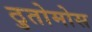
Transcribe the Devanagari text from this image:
ठुतोमोस